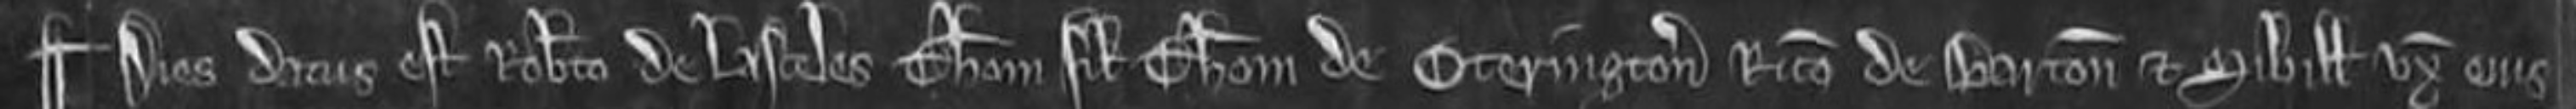
¶Dies datus est Roberto de Lasceles Thoma filio Thome de Oterington Ricardo de Barton et Sibille uxori ejus